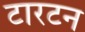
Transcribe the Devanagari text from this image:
टारटन